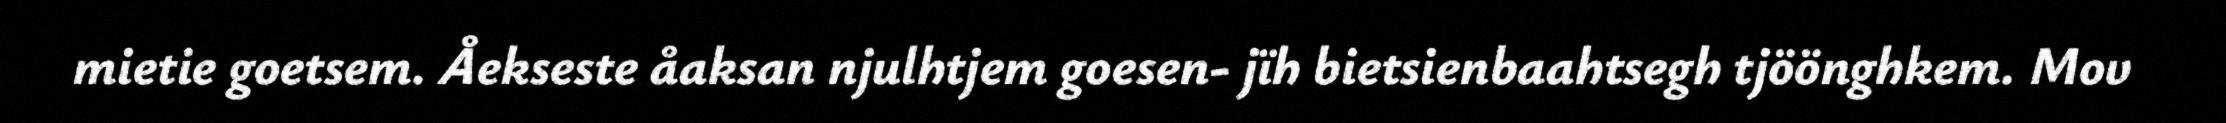
mietie goetsem. Åekseste åaksan njulhtjem goesen- jïh bietsienbaahtsegh tjöönghkem. Mov